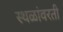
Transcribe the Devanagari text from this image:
स्थळांवरती